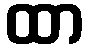
ထာ